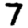
Digit: 7